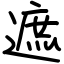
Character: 遮